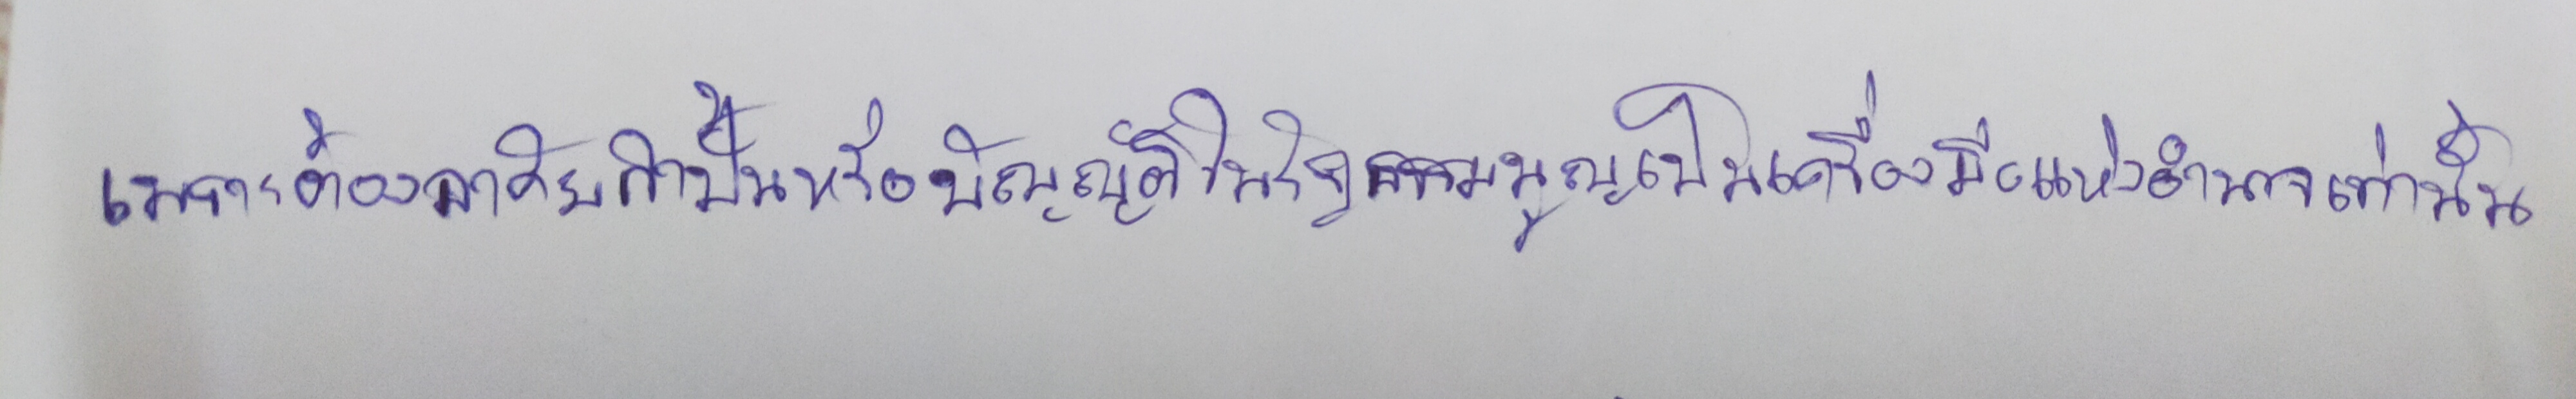
เพราะต้องอาศัยกำปั้นหรือบัญญัติในรัฐธรรมนูญเป็นเครื่องมือแห่งอำนาจเท่านั้น